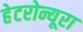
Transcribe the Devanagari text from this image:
हेटरोन्यूरा